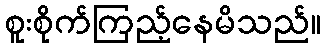
စူးစိုက်ကြည့်နေမိသည်။